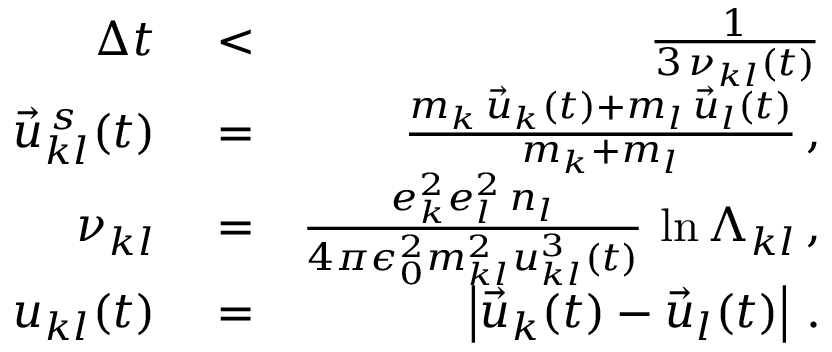
\begin{array} { r l r } { \Delta t } & { { } < } & { \frac { 1 } { 3 \, \nu _ { k l } ( t ) } } \\ { \vec { u } _ { k l } ^ { \, s } ( t ) } & { { } = } & { \frac { m _ { k } \, \vec { u } _ { k } ( t ) + m _ { l } \, \vec { u } _ { l } ( t ) } { m _ { k } + m _ { l } } \, , } \\ { \nu _ { k l } } & { { } = } & { \frac { e _ { k } ^ { 2 } e _ { l } ^ { 2 } \, n _ { l } } { 4 \pi \epsilon _ { 0 } ^ { 2 } m _ { k l } ^ { 2 } u _ { k l } ^ { 3 } \left( t \right) } \, \ln \Lambda _ { k l } \, , } \\ { u _ { k l } ( t ) } & { { } = } & { \left| \vec { u } _ { k } ( t ) - \vec { u } _ { l } ( t ) \right| \, . } \end{array}